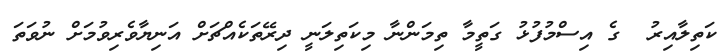
ކަތިލާއިރު  ގެ އިސްމުފުޅު ގަތީމާ ތިމަންނާ މިކަތިލަނީ ދިރޭތަކެއްޗަށް އަނިޔާވެރިވުމަށް ނުވަތަ